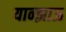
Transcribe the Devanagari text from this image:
यान्झाऊ